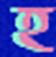
হ